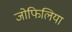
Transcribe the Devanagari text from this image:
जोफिलिया